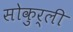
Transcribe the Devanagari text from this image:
सोकुर्ली